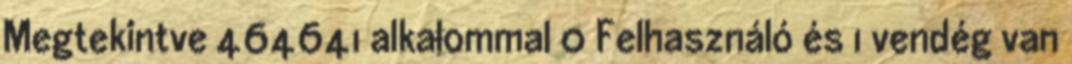
Megtekintve 464641 alkalommal 0 Felhasználó és 1 vendég van